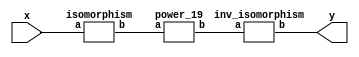
`timescale 1ns/100ps
module SMS32_19_pp_9_1(x,y);
	 input [5:0] x;
	 output [5:0] y;
	 wire [5:0] w;
	 wire [5:0] p;
	 isomorphism C2 (x,w);
	 power_19 C3 (w,p);
	 inv_isomorphism C4 (p,y);
endmodule

module add_base(a,b,c);
	 input [2:0] a;
	 input [2:0] b;
	 output [2:0] c;
	 assign c[0]=a[0]^b[0];
	 assign c[1]=a[1]^b[1];
	 assign c[2]=a[2]^b[2];
endmodule

module constant_multiplication_base_0(a,b);
	 input [2:0] a;
	 output [2:0] b;
	 assign b[0]=0;
	 assign b[1]=0;
	 assign b[2]=0;
endmodule

module constant_multiplication_base_1(a,b);
	 input [2:0] a;
	 output [2:0] b;
	 assign b[0]=a[0];
	 assign b[1]=a[1];
	 assign b[2]=a[2];
endmodule

module constant_multiplication_base_2(a,b);
	 input [2:0] a;
	 output [2:0] b;
	 assign b[0]=a[2];
	 assign b[1]=a[0];
	 assign b[2]=a[1]^a[2];
endmodule

module constant_multiplication_base_3(a,b);
	 input [2:0] a;
	 output [2:0] b;
	 assign b[0]=a[1]^a[2];
	 assign b[1]=a[2];
	 assign b[2]=a[0]^a[1]^a[2];
endmodule

module constant_multiplication_base_4(a,b);
	 input [2:0] a;
	 output [2:0] b;
	 assign b[0]=a[0]^a[1]^a[2];
	 assign b[1]=a[1]^a[2];
	 assign b[2]=a[0]^a[1];
endmodule

module constant_multiplication_base_5(a,b);
	 input [2:0] a;
	 output [2:0] b;
	 assign b[0]=a[0]^a[1];
	 assign b[1]=a[0]^a[1]^a[2];
	 assign b[2]=a[0]^a[2];
endmodule

module constant_multiplication_base_6(a,b);
	 input [2:0] a;
	 output [2:0] b;
	 assign b[0]=a[0]^a[2];
	 assign b[1]=a[0]^a[1];
	 assign b[2]=a[1];
endmodule

module constant_multiplication_base_7(a,b);
	 input [2:0] a;
	 output [2:0] b;
	 assign b[0]=a[1];
	 assign b[1]=a[0]^a[2];
	 assign b[2]=a[0];
endmodule

module multiplication_base(a,b,c);
	 input [2:0] a;
	 input [2:0] b;
	 output [2:0] c;
	 assign c[0]=(a[0]&b[0])^(a[1]&b[2])^(a[2]&b[1])^(a[2]&b[2]);
	 assign c[1]=(a[0]&b[1])^(a[1]&b[0])^(a[2]&b[2]);
	 assign c[2]=(a[2]&b[0])^(a[1]&b[1])^(a[0]&b[2])^(a[1]&b[2])^(a[2]&b[1])^(a[2]&b[2]);
endmodule

module square_base(a,b);
	 input [2:0] a;
	 output[2:0] b;
	 assign b[0]=a[0]^a[2];
	 assign b[1]=a[2];
	 assign b[2]=a[1]^a[2];
endmodule

module four_base(a,b);
	 input [2:0] a;
	 output[2:0] b;
	 assign b[0]=a[0]^a[1];
	 assign b[1]=a[1]^a[2];
	 assign b[2]=a[1];
endmodule

module five_base(a,b);
	 input [2:0] a;
	 output [2:0] b;
	 assign b[0]=a[0]^a[1]^a[2]^(a[0]&a[1]);
	 assign b[1]=a[1]^(a[1]&a[2])^(a[0]&a[2]);
	 assign b[2]=a[2]^(a[0]&a[1])^(a[0]&a[2]);
endmodule

module three_base(a,b);
	 input [2:0] a;
	 output [2:0] b;
	 assign b[0]=a[0]^a[1]^(a[0]&a[2]);
	 assign b[1]=a[2]^(a[0]&a[2])^(a[0]&a[1]);
	 assign b[2]=a[1]^a[2]^(a[1]&a[2])^(a[0]&a[1]);
endmodule

module power_19(a,b);
	 input [5:0] a;
	 output [5:0] b;
	 wire [2:0] x_0;
	 wire [2:0] x_1;
	 wire [2:0] x_2;
	 wire [2:0] x_3;
	 wire [2:0] x_4;
	 wire [2:0] x_5;
	 wire [2:0] x_6;
	 wire [2:0] x_7;
	 wire [2:0] y_0;
	 wire [2:0] y_1;
	 wire [2:0] y_2;
	 wire [2:0] y_3;
	 wire [2:0] y_4;
	 wire [2:0] y_5;
	 wire [2:0] w_00;
	 wire [2:0] w_01;
	 wire [2:0] w_02;
	 wire [2:0] w_03;
	 wire [2:0] w_04;
	 wire [2:0] w_05;
	 wire [2:0] w_10;
	 wire [2:0] w_11;
	 wire [2:0] w_12;
	 wire [2:0] w_13;
	 wire [2:0] w_14;
	 wire [2:0] w_15;
	 wire [2:0] z_00;
	 wire [2:0] z_01;
	 wire [2:0] z_02;
	 wire [2:0] z_03;
	 wire [2:0] z_04;
	 wire [2:0] z_10;
	 wire [2:0] z_11;
	 wire [2:0] z_12;
	 wire [2:0] z_13;
	 wire [2:0] z_14;
	 assign x_0[0]=a[0];
	 assign x_0[1]=a[1];
	 assign x_0[2]=a[2];
	 assign x_1[0]=a[3];
	 assign x_1[1]=a[4];
	 assign x_1[2]=a[5];
	 five_base  A1 (x_0,y_0);
	 five_base A2 (x_1,y_1);
	 four_base A3 (x_0,x_2);
	 four_base A4 (x_1,x_3);
	 three_base  A5 (x_0,x_4);
	 three_base A6 (x_1,x_5);
	 square_base  A7 (x_0,x_6);
	 square_base A8 (x_1,x_7);
	 multiplication_base A9 (x_2,x_1,y_2);
	 multiplication_base A10 (x_3,x_0,y_3);
	 multiplication_base A11 (x_4,x_7,y_4);
	 multiplication_base A12 (x_5,x_6,y_5);
	 constant_multiplication_base_1 MC00 (y_0,w_00);
	 constant_multiplication_base_0 MC01 (y_1,w_01);
	 constant_multiplication_base_0 MC02 (y_2,w_02);
	 constant_multiplication_base_5 MC03 (y_3,w_03);
	 constant_multiplication_base_2 MC04 (y_4,w_04);
	 constant_multiplication_base_0 MC05 (y_5,w_05);
	 constant_multiplication_base_0 MC10 (y_0,w_10);
	 constant_multiplication_base_5 MC11 (y_1,w_11);
	 constant_multiplication_base_1 MC12 (y_2,w_12);
	 constant_multiplication_base_0 MC13 (y_3,w_13);
	 constant_multiplication_base_0 MC14 (y_4,w_14);
	 constant_multiplication_base_2 MC15 (y_5,w_15);
	 add_base AB00 (w_00,w_01,z_00);
	 add_base AB01 (w_02,z_00,z_01);
	 add_base AB02 (w_03,z_01,z_02);
	 add_base AB03 (w_04,z_02,z_03);
	 add_base AB04 (w_05,z_03,z_04);
	 add_base AB10 (w_10,w_11,z_10);
	 add_base AB11 (w_12,z_10,z_11);
	 add_base AB12 (w_13,z_11,z_12);
	 add_base AB13 (w_14,z_12,z_13);
	 add_base AB14 (w_15,z_13,z_14);
	 assign b[0]=z_04[0];
	 assign b[1]=z_04[1];
	 assign b[2]=z_04[2];
	 assign b[3]=z_14[0];
	 assign b[4]=z_14[1];
	 assign b[5]=z_14[2];
endmodule

module inv_isomorphism(a,b);
	 input [5:0] a;
	 output [5:0] b;
	 assign b[0]=a[0]^a[2];
	 assign b[1]=a[2]^a[3]^a[4];
	 assign b[2]=a[0]^a[1]^a[3]^a[5];
	 assign b[3]=a[1]^a[3]^a[5];
	 assign b[4]=a[2]^a[5];
	 assign b[5]=a[0]^a[1]^a[2];
endmodule

module isomorphism(a,b);
	 input [5:0] a;
	 output [5:0] b;
	 assign b[0]=a[0]^a[1]^a[2]^a[3];
	 assign b[1]=a[4]^a[5];
	 assign b[2]=a[3]^a[4];
	 assign b[3]=a[3];
	 assign b[4]=a[1]^a[3]^a[4]^a[5];
	 assign b[5]=a[1]^a[2]^a[3]^a[5];
endmodule